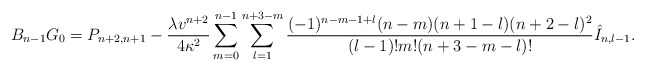
\begin{align*} B_{n-1}G_0=P_{n+2,n+1}-\frac{\lambda v^{n+2}}{4\kappa^2}\sum_{m=0}^{n-1}\sum_{l=1}^{n+3-m}\frac{(-1)^{n-m-1+l}(n-m)(n+1-l)(n+2-l)^2}{(l-1)!m!(n+3-m-l)!}\hat{I}_{n,l-1}.\end{align*}